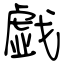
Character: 戯